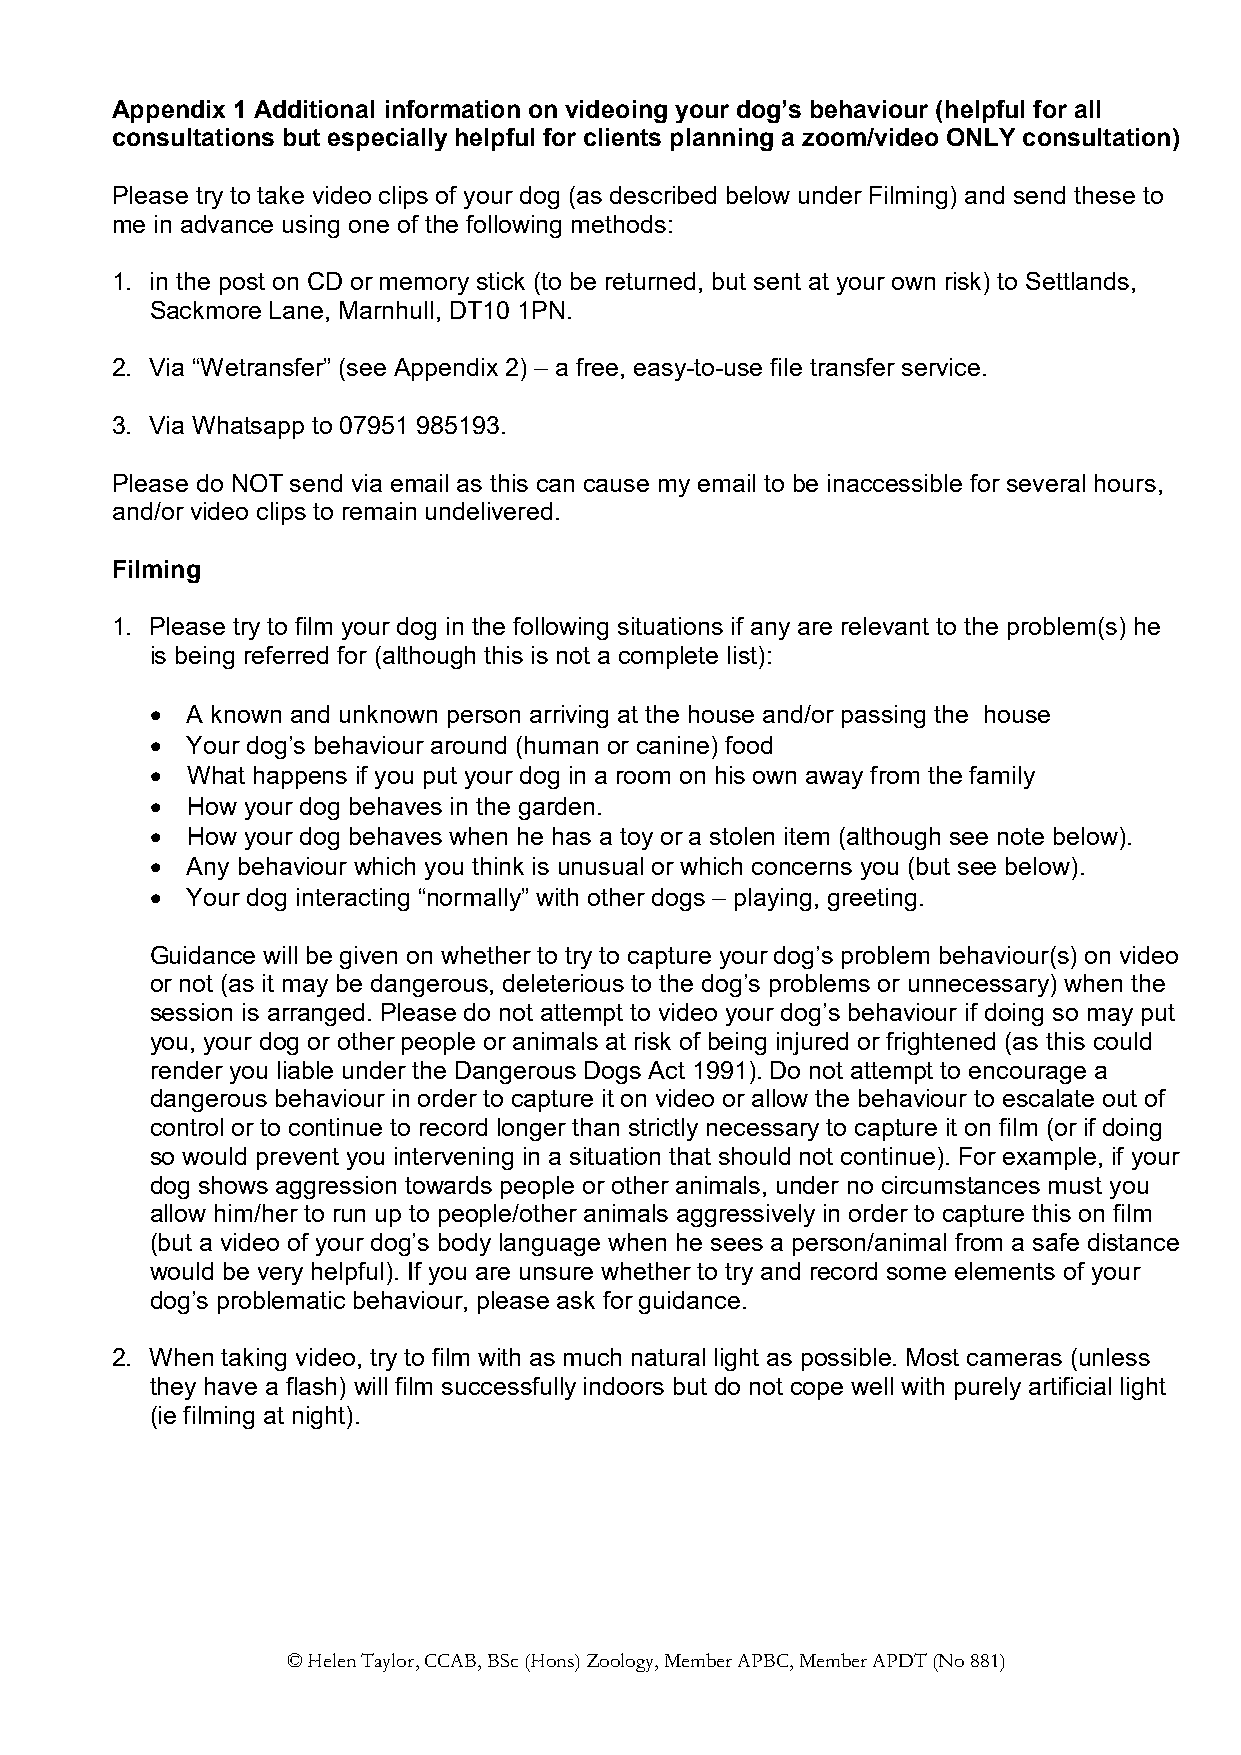
Appendix 1 Additional information on videoing your dog’s behaviour (helpful for all
 consultations but especially helpful for clients planning a zoom/video ONLY consultation)
 Please try to take video clips of your dog (as described below under Filming) and send these to
 me in advance using one of the following methods:
 1. in the post on CD or memory stick (to be returned, but sent at your own risk) to Settlands,
 Sackmore Lane, Marnhull, DT10 1PN.
 2. Via “Wetransfer” (see Appendix 2) – a free, easy-to-use file transfer service.
 3. Via Whatsapp to 07951 985193.
 Please do NOT send via email as this can cause my email to be inaccessible for several hours,
 and/or video clips to remain undelivered.
 Filming
 1. Please try to film your dog in the following situations if any are relevant to the problem(s) he
 is being referred for (although this is not a complete list):
  A known and unknown person arriving at the house and/or passing the house
  Your dog’s behaviour around (human or canine) food
  What happens if you put your dog in a room on his own away from the family
  How your dog behaves in the garden.
  How your dog behaves when he has a toy or a stolen item (although see note below).
  Any behaviour which you think is unusual or which concerns you (but see below).
  Your dog interacting “normally” with other dogs – playing, greeting.
 Guidance will be given on whether to try to capture your dog’s problem behaviour(s) on video
 or not (as it may be dangerous, deleterious to the dog’s problems or unnecessary) when the
 session is arranged. Please do not attempt to video your dog’s behaviour if doing so may put
 you, your dog or other people or animals at risk of being injured or frightened (as this could
 render you liable under the Dangerous Dogs Act 1991). Do not attempt to encourage a
 dangerous behaviour in order to capture it on video or allow the behaviour to escalate out of
 control or to continue to record longer than strictly necessary to capture it on film (or if doing
 so would prevent you intervening in a situation that should not continue). For example, if your
 dog shows aggression towards people or other animals, under no circumstances must you
 allow him/her to run up to people/other animals aggressively in order to capture this on film
 (but a video of your dog’s body language when he sees a person/animal from a safe distance
 would be very helpful). If you are unsure whether to try and record some elements of your
 dog’s problematic behaviour, please ask for guidance.
 2. When taking video, try to film with as much natural light as possible. Most cameras (unless
 they have a flash) will film successfully indoors but do not cope well with purely artificial light
 (ie filming at night).
 © Helen Taylor, CCAB, BSc (Hons) Zoology, Member APBC, Member APDT (No 881)